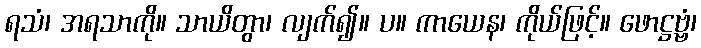
ရသံ၊ အရသာကို။ သာယိတွာ၊ လျက်၍။ ပ။ ကာယေန၊ ကိုယ်ဖြင့်။ ဖောဋ္ဌဗ္ဗံ၊